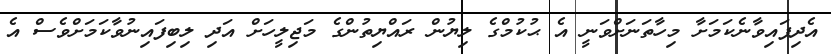
އެދިފައިވާނެކަމަށާ މިހާތަނަށްވަނީ އެ ޙުކުމްގެ ލިޔުން ރައްޔިތުންގެ މަޖިލީހަށް އަދި ލިބިފައިނުވާކަމަށްވެސް އެ